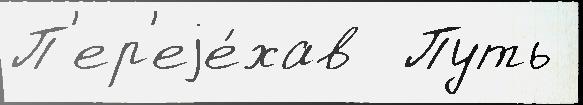
П'ер'еjе́хав  Путь